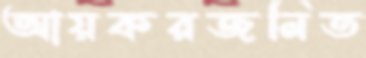
আয়করজনিত